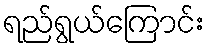
ရည်ရွယ်ကြောင်း